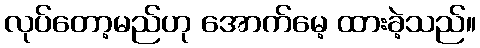
လုပ်တော့မည်ဟု အောက်မေ့ ထားခဲ့သည်။